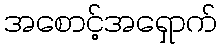
အစောင့်အရှောက်